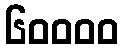
၆၀၀၀၀